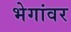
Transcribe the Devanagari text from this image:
भेगांवर